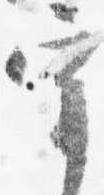
宰